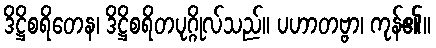
ဒိဋ္ဌိစရိတေန၊ ဒိဋ္ဌိစရိတပုဂ္ဂိုလ်သည်။ ပဟာတဗ္ဗာ၊ ကုန်၏။